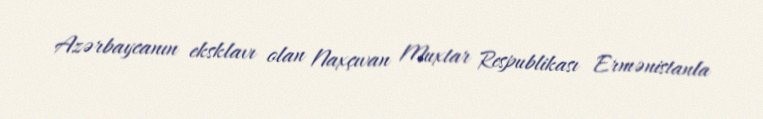
Azərbaycanın eksklavı olan Naxçıvan Muxtar Respublikası Ermənistanla